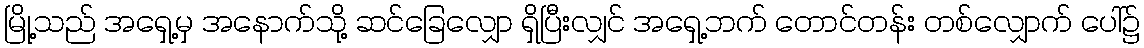
မြို့သည် အရှေ့မှ အနောက်သို့ ဆင်ခြေလျှော ရှိပြီးလျှင် အရှေ့ဘက် တောင်တန်း တစ်လျှောက် ပေါ်၌